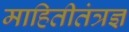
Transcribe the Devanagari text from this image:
माहितीतंत्रज्ञ